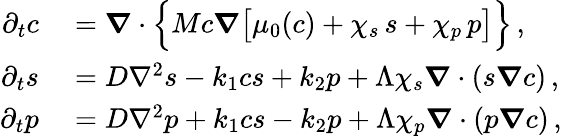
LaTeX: \begin{array}{rl}{\partial_{t}c}&{{}=\boldsymbol\nabla\cdot\Bigl\{ Mc\boldsymbol\nabla\bigl[\mu_{0}(c)+\chi_{s}\, s+\chi_{p}\, p\bigr]\Bigr\} \, ,}\\ {\partial_{t}s}&{{}=D\nabla^{2}s-k_{1}cs+k_{2}p+\Lambda\chi_{s}\boldsymbol\nabla\cdot(s\boldsymbol\nabla c)\, ,}\\ {\partial_{t}p}&{{}=D\nabla^{2}p+k_{1}cs-k_{2}p+\Lambda\chi_{p}\boldsymbol\nabla\cdot(p\boldsymbol\nabla c)\, ,}\end{array}